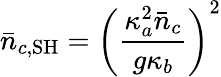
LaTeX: \bar{n}_{c,\mathrm{SH}}=\left(\frac{\kappa_{a}^{2}\bar{n}_{c}}{g\kappa_{b}}\right)^{2}